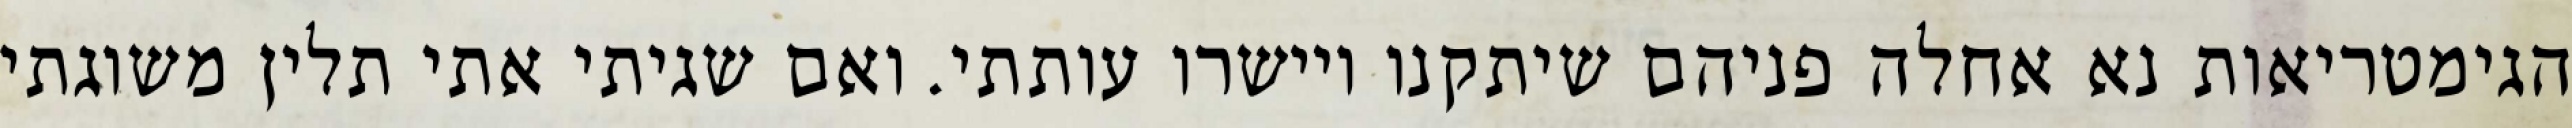
הגימטריאות נא אחלה פניהם שיתקנו ויישרו עותתי. ואם שגיתי אתי תלין משוגתי